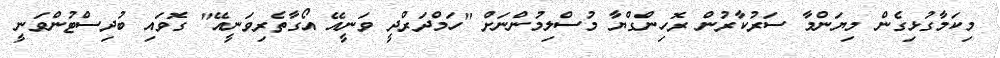
މިކަމާގުޅިގެން މިޔަންމާ ސަރުކާރުން ރޮހިންގްޔާ މުސްލިމުންނަށް "ހަމްދަރްދީ ވަނީއޭ އޯގާތެރިވަނީއޭ" ގޮވައި ބުދިސްޓުންވަނީ